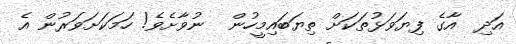
އަދި  އާގެ ފިޔަވަޅުތަކަށް ތިޔަބައިމީހުން  ނުވާށެވެ! ހަމަކަށަވަރުން އެ